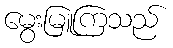
မွေးမြူကြသည်